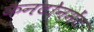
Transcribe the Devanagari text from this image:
कैनटोनमेंट